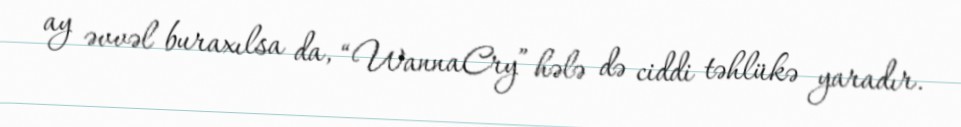
ay əvvəl buraxılsa da, “WannaCry” hələ də ciddi təhlükə yaradır.